Annual statistical returns and brief notes on vaccination in Bengal - 1909-1929
Year: 1909
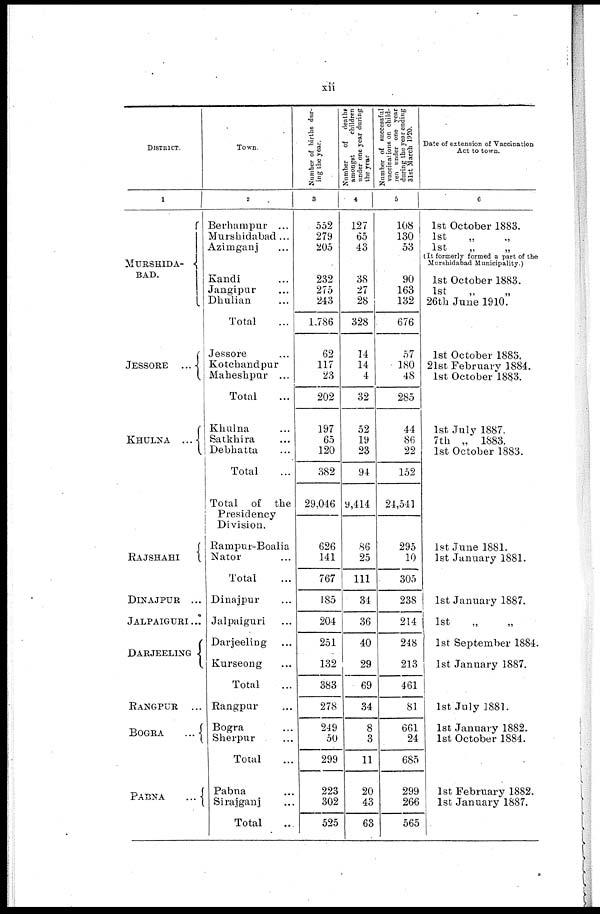
xii
DISTRICT.
1
MURSHIDA-
BAD.
JESSORE
...
KHULNA
...
RAJSHAHI
DINAJPUR
...
JALPAIGURI ...
DARJEELING
RANGPUR
...
BOGRA
...
PABNA
...
Town.
2
Berhumpur ...
Murshidabad...
Azimganj ...
Kandi ...
Jangipur ...
Dhulian ...
Total ...
Jessore ...
Kotchandpur
Maheshpur ...
Total ...
Khulna ...
Satkhira ...
Debhatta ...
Total ...
Total of the
Presidency
Division.
Rampur-Boalia
Nator ...
Total ...
Dinajpur ...
Jalpaiguri ...
Darjeeling ...
Kurseong ...
Total
...
Rangpur ...
Bogra ...
Sherpur ...
Total ...
Pabna ...
Sirajganj ...
Total ...
Number of births dur-
ing the year.
3
552
279
205
232
275
243
1,786
62
117
23
202
197
65
120
382
29,046
626
141
767
185
204
251
132
383
278
249
50
299
223
302
525
Number
of deaths
amongst
children
under one year during
the year
4
127
65
43
38
27
28
328
14
14
4
32
52
19
23
94
9,414
86
25
111
34
36
40
29
69
34
8
3
11
20
43
63
Number of successful
vaccinations on child-
ren under one year
during the year ending
31st March 1920.
5
108
130
53
90
163
132
676
57
180
48
285
44
86
22
152
24,541
295
10
305
238
214
248
213
461
81
661
24
685
299
266
565
Date of extension of Vaccination
Act to town.
6
1st October 1883.
1st
„
„
1st
„
„
(It formerly formed a part of the
Murshidabad Municipality.)
1st October 1883.
1st
„
„
26th June 1910.
1st October 1883.
21st February 1884.
1st October 1883.
1st July 1887.
7th „ 1883.
1st October 1883.
1st June 1881.
1st January 1881.
1st January 1887.
1st „ „
1st September 1884.
1st January 1887.
1st July 1881.
1st January 1882.
1st October 1884.
1st February 1882.
1st January 1887.